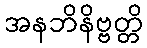
အနဘိနိဗ္ဗတ္တိ